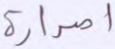
اصدارة